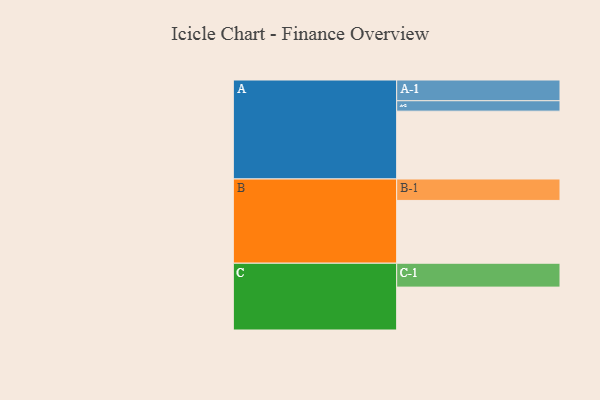
{"axis": {"x": "Segment", "y": "Value"}, "legend": ["", "A", "B", "C"], "data": [{"x": "A", "y": 579, "type": ""}, {"x": "B", "y": 536, "type": ""}, {"x": "C", "y": 366, "type": ""}, {"x": "A-1", "y": 177, "type": "A"}, {"x": "A-2", "y": 89, "type": "A"}, {"x": "B-1", "y": 183, "type": "B"}, {"x": "C-1", "y": 204, "type": "C"}]}